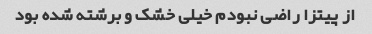
از پیتزا راضی نبودم خیلی خشک و برشته شده بود